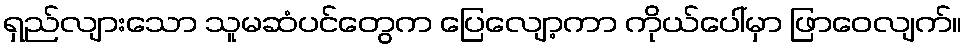
ရှည်လျားသော သူမဆံပင်တွေက ပြေလျော့ကာ ကိုယ်ပေါ်မှာ ဖြာဝေလျက်။